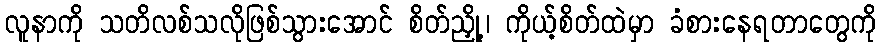
လူနာကို သတိလစ်သလိုဖြစ်သွားအောင် စိတ်ညှို့၊ ကိုယ့်စိတ်ထဲမှာ ခံစားနေရတာတွေကို